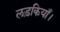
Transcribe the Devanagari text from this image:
लड़कियाँ।